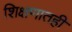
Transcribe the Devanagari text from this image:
शिक्षणातही